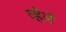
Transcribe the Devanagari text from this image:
व्हेलें